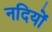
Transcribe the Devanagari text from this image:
नदियों